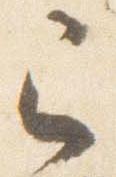
已